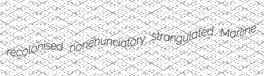
recolonised nonenunciatory strangulated Marline